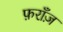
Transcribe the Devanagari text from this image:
फ़राँज़